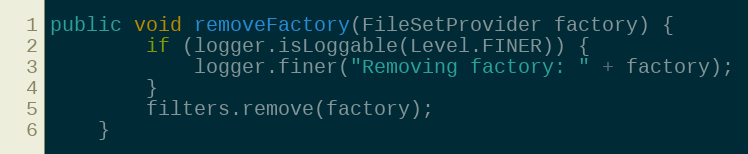
Language: Java
public void removeFactory(FileSetProvider factory) {
		if (logger.isLoggable(Level.FINER)) {
			logger.finer("Removing factory: " + factory);
		}
		filters.remove(factory);
	}